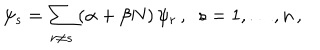
LaTeX: \psi _ { s } = \sum _ { r \ne s } \left( \alpha + \beta N \right) \psi _ { r } \, , \ \ s = 1 , \ldots , n \, ,